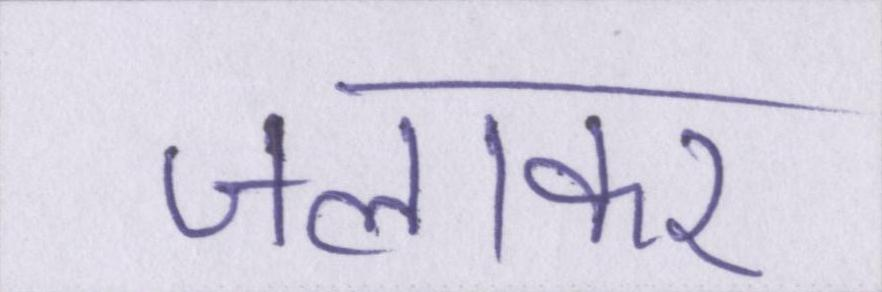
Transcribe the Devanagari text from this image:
जलाकर